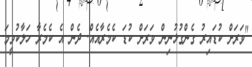
"ވަރަށް ކުޑައިރު ގެންގުޅުނިން ވަރަށް ކުޑަ ކެމެރާއެއް. ދެން އެ ކެމެރާ ހަލާކުވީމަ